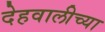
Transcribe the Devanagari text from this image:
देहवालीच्या